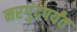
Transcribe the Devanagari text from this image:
नरगुंदपर्यंत